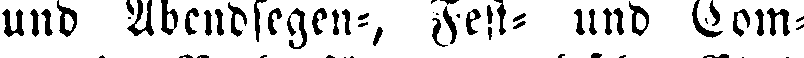
und Abendsegen-, Fest- und Com-